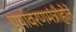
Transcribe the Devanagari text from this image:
पर्यावरणमंत्रीहोते